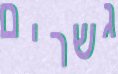
גשרים